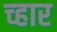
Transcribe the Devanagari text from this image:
च्हार